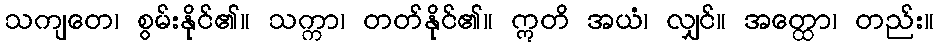
သကျတေ၊ စွမ်းနိုင်၏။ သက္ကာ၊ တတ်နိုင်၏။ ဣတိ အယံ၊ လျှင်။ အတ္ထော၊ တည်း။